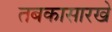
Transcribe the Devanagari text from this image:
तबकासारखे